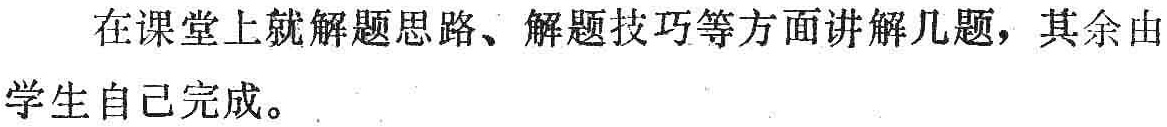
在课堂上就解题思路、解题技巧等方面讲解几题，其余由学生自己完成。